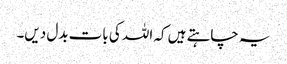
یہ چاہتے ہیں کہ اللہ کی بات بدل دیں۔